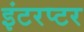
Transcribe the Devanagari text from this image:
इंटरप्टर